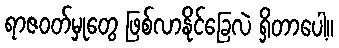
ရာဇဝတ်မှုတွေ ဖြစ်လာနိုင်ခြေလဲ ရှိတာပေါ့။